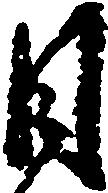
日